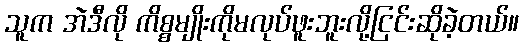
သူက အဲဒီလို ကိစ္စမျိုးကိုမလုပ်ဖူးဘူးလို့ငြင်းဆိုခဲ့တယ်။